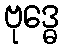
ဗုဒ္ဓေ